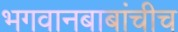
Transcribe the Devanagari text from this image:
भगवानबाबांचीच